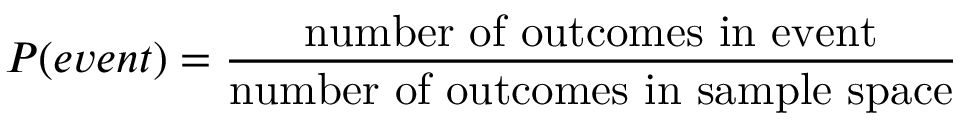
P ( e v e n t ) = { \frac { \mathrm { n u m b e r ~ o f ~ o u t c o m e s ~ i n ~ e v e n t } } { \mathrm { n u m b e r ~ o f ~ o u t c o m e s ~ i n ~ s a m p l e ~ s p a c e } } }